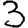
Digit: 3